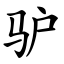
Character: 驴